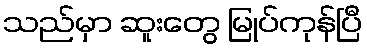
သည်မှာ ဆူးတွေ မြုပ်ကုန်ပြီ